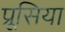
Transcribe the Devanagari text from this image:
प्रूसिया